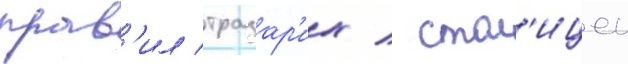
прав'ил тразар'их / стол'ицеи